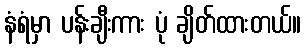
နံရံမှာ ပန်းချီးကား ပုံ ချိတ်ထားတယ်။